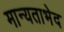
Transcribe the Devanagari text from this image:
मान्यताभेद